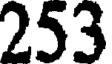
253